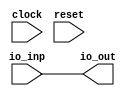
module Test4(
  input         clock,
  input         reset,
  input  [15:0] io_inp,
  output [15:0] io_out
);
  assign io_out = io_inp; // @[Test4.scala 18:10]
endmodule